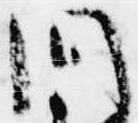
問